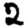
Digit: 2